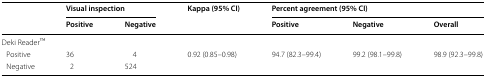
<table><thead><tr><td rowspan="2"></td><td colspan="2"><b>Visual inspection</b></td><td rowspan="2"><b>Kappa (95% CI)</b></td><td colspan="3"><b>Percent agreement (95% CI)</b></td></tr><tr><td><b>Positive</b></td><td><b>Negative</b></td><td><b>Positive</b></td><td><b>Negative</b></td><td><b>Overall</b></td></tr></thead><tbody><tr><td colspan="7">Deki ReaderTM</td></tr><tr><td> Positive</td><td>36</td><td>4</td><td rowspan="2">0.92 (0.85–0.98)</td><td rowspan="2">94.7 (82.3–99.4)</td><td rowspan="2">99.2 (98.1–99.8)</td><td rowspan="2">98.9 (92.3–99.8)</td></tr><tr><td> Negative</td><td>2</td><td>524</td></tr></tbody></table>